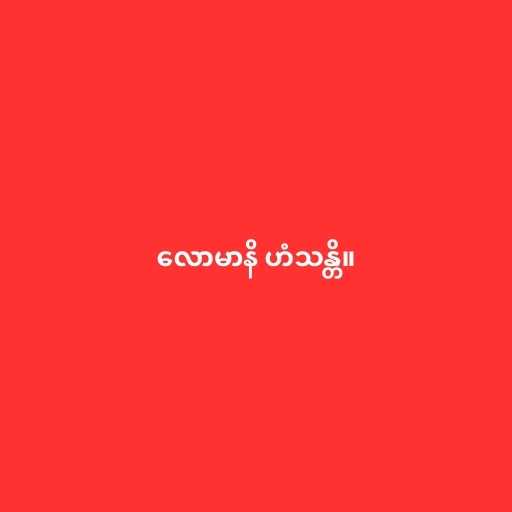
လောမာနိ ဟံသန္တိ။